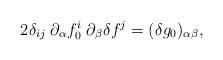
LaTeX: \begin{align*} 2\delta_{ij}\;\partial_\alpha f_0^i\;\partial_\beta \delta f^j = (\delta g_0)_{\alpha\beta},\end{align*}